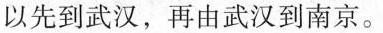
\bigcirc{1}以先到武汉，再由武汉到南京。